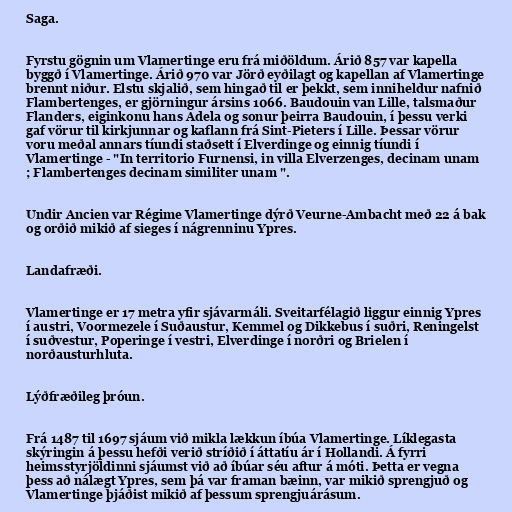
Saga.

Fyrstu gögnin um Vlamertinge eru frá miðöldum. Árið 857 var kapella
byggð í Vlamertinge. Árið 970 var Jörð eyðilagt og kapellan af Vlamertinge
brennt niður. Elstu skjalið, sem hingað til er þekkt, sem inniheldur nafnið
Flambertenges, er gjörningur ársins 1066. Baudouin van Lille, talsmaður
Flanders, eiginkonu hans Adela og sonur þeirra Baudouin, í þessu verki
gaf vörur til kirkjunnar og kaflann frá Sint-Pieters í Lille. Þessar vörur
voru meðal annars tíundi staðsett í Elverdinge og einnig tíundi í
Vlamertinge - "In territorio Furnensi, in villa Elverzenges, decinam unam
; Flambertenges decinam similiter unam ".

Undir Ancien var Régime Vlamertinge dýrð Veurne-Ambacht með 22 á bak
og orðið mikið af sieges í nágrenninu Ypres.

Landafræði.

Vlamertinge er 17 metra yfir sjávarmáli. Sveitarfélagið liggur einnig Ypres
í austri, Voormezele í Suðaustur, Kemmel og Dikkebus í suðri, Reningelst
í suðvestur, Poperinge í vestri, Elverdinge í norðri og Brielen í
norðausturhluta.

Lýðfræðileg þróun.

Frá 1487 til 1697 sjáum við mikla lækkun íbúa Vlamertinge. Líklegasta
skýringin á þessu hefði verið stríðið í áttatíu ár í Hollandi. Á fyrri
heimsstyrjöldinni sjáumst við að íbúar séu aftur á móti. Þetta er vegna
þess að nálægt Ypres, sem þá var framan bæinn, var mikið sprengjuð og
Vlamertinge þjáðist mikið af þessum sprengjuárásum.